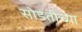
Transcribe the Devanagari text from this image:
सोडतीच्या